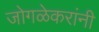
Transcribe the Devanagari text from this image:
जोगळेकरांनी